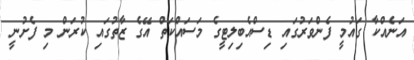
އަނެއްކާ ގައުމީ ފެންވަރުގައި ޑިސްއެބިލިޓީގެ މަސައްކަތް އޭގެ ޒާތުގައި ކުރަން މި ފެށުނީ